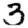
Digit: 3